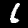
Label: 6